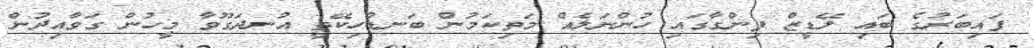
ފައިބަރުގެ ބައި ލޭޑީޒް ފިންގާގައި ހުންނަލެއް މަތިކަމުން ބަނޑުހިކޭތީ އުނދަގޫވާ މީހުން ގަވާއިދުން